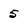
Character: 5